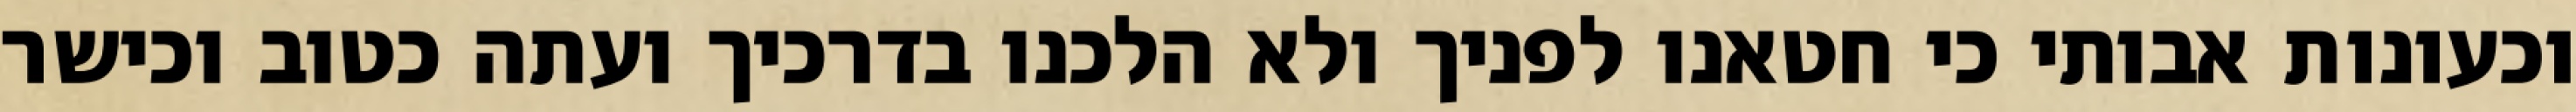
וכעונות אבותי כי חטאנו לפניך ולא הלכנו בדרכיך ועתה כטוב וכישר